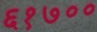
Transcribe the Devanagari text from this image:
६१७००